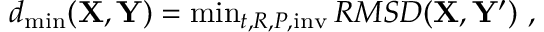
\begin{array} { r } { d _ { \mathrm { \operatorname* { m i n } } } ( \mathbf { X } , \mathbf { Y } ) = \operatorname* { m i n } _ { t , R , P , \mathrm { i n v } } R M S D ( \mathbf { X } , \mathbf { Y ^ { \prime } } ) \ , } \end{array}